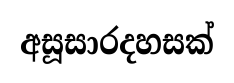
අසූසාරදහසක්